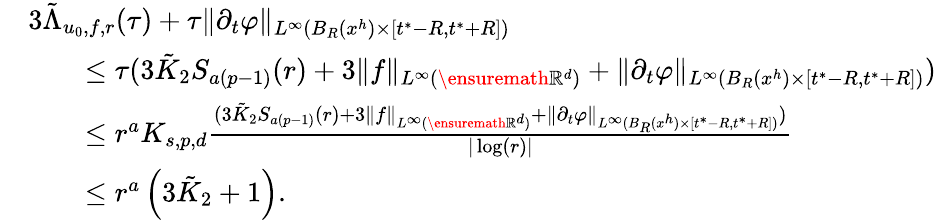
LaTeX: \begin{array}{rl}&{3\tilde{\Lambda}_{u_{0},f,r}(\tau)+\tau\| \partial_{t}\varphi\| _{L^{\infty}(B_{R}(x^{h})\times[t^{*}-R,t^{*}+R])}}\\ &{\qquad\leq\tau(3\tilde{K}_{2}S_{a(p-1)}(r)+3\| f\| _{L^{\infty}(\ensuremath{\mathbb{R}}^{d})}+\| \partial_{t}\varphi\| _{L^{\infty}(B_{R}(x^{h})\times[t^{*}-R,t^{*}+R])})}\\ &{\qquad\leq r^{a}K_{s,p,d}\frac{(3\tilde{K}_{2}S_{a(p-1)}(r)+3\| f\| _{L^{\infty}(\ensuremath{\mathbb{R}}^{d})}+\| \partial_{t}\varphi\| _{L^{\infty}(B_{R}(x^{h})\times[t^{*}-R,t^{*}+R])})}{|\log(r)|}}\\ &{\qquad\leq r^{a}\left({3\tilde{K}_{2}+1}\right).}\end{array}